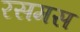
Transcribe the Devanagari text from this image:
रसमस